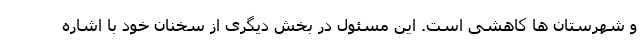
و شهرستان ها کاهشی است. این مسئول در بخش دیگری از سخنان خود با اشاره